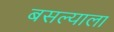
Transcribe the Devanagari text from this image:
बसल्याला